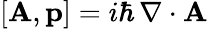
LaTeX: \left[\mathbf{A},\mathbf{p}\right]=i\hbar\, \nabla\cdot\mathbf{A}